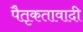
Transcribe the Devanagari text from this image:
पैतृकतावादी